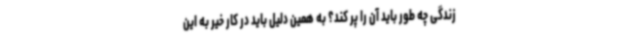
زندگی چه طور باید آن را پر کند؟ به همین دلیل باید در کار خیر به این